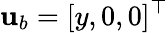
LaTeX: \mathbf{u}_{b}=[y,0,0]^{\top}